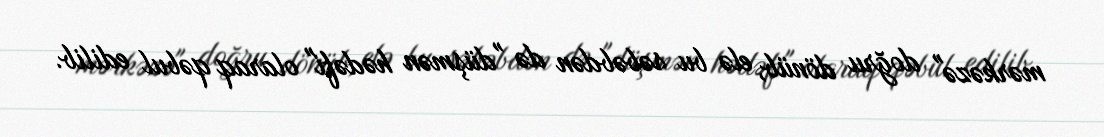
mərkəzə" doğru dönüb, elə bu səbəbdən də "düşmən hədəfi" olaraq qəbul edilib.